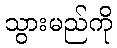
သွားမည်ကို